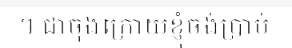
។ ជាចុងក្រោយខ្ញុំចង់ប្រាប់